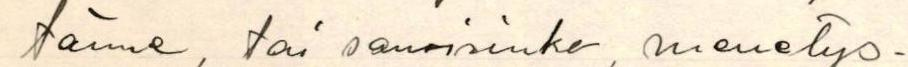
tänne, tai sanoisinko, menetys-